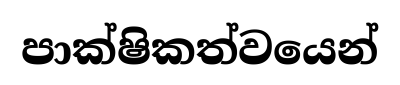
පාක්ෂිකත්වයෙන්